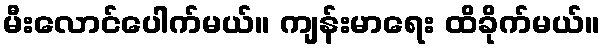
မီးလောင်ပေါက်မယ်။ ကျန်းမာရေး ထိခိုက်မယ်။